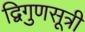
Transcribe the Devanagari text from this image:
द्विगुणसूत्री